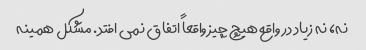
نه، نه زیاد در واقع هیچ چیز واقعاً اتفاق نمی افتد. مشکل همینه